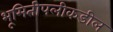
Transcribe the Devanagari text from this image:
भूमितीपलीकडील